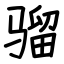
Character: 骝